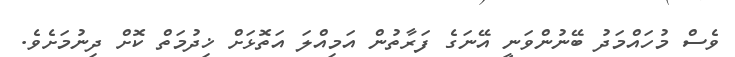
ވެސް މުހައްމަދު ބޭނުންވަނީ އޭނަގެ ފަރާތުން އަމިއްލަ އަތޮޅަށް ޚިދުމަތް ކޮށް ދިނުމަށެވެ.